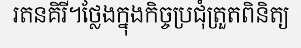
រតនគិរី។ថ្លែងក្នុងកិច្ចប្រជុំត្រួតពិនិត្យ